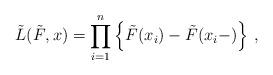
LaTeX: \begin{align*}\tilde{L}(\tilde{F}, x) = \prod_{i=1}^n \left\{ \tilde{F}(x_i) - \tilde{F}(x_i- ) \right\} \,,\end{align*}